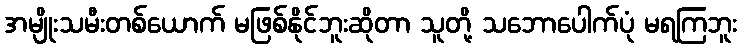
အမျိုးသမီးတစ်ယောက် မဖြစ်နိုင်ဘူးဆိုတာ သူတို့ သဘောပေါက်ပုံ မရကြဘူး